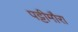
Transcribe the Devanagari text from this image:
पट्टीमौरा